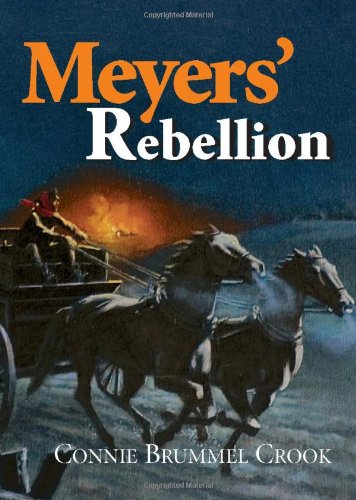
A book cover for Meyers' Rebellion; Connie Crook; Teen & Young Adult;